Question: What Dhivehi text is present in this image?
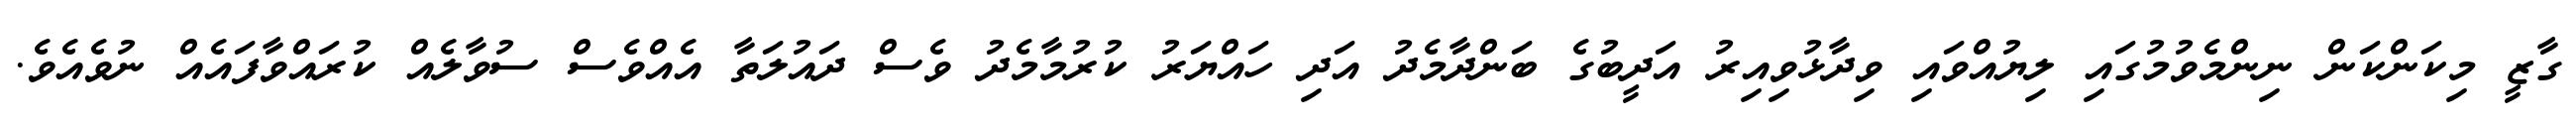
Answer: ގާޒީ މިކަންކަން ނިންމެވުމުގައި ލިޔުއްވައި ވިދާޅުވިއިރު އަދީބުގެ ބަންދާމެދު އަދި ހައްޔަރު ކުރުމާމެދު ވެސް ދައުލަތާ އެއްވެސް ސުވާލެއް ކުރައްވާފައެއް ނުވެއެވެ.